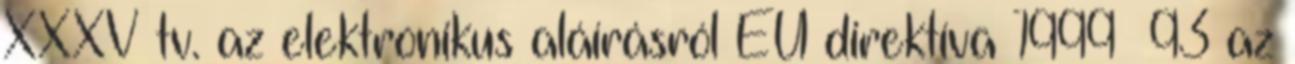
XXXV tv. az elektronikus aláírásról EU direktíva 1999 93 az